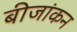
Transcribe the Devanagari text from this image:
बीजांकन